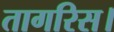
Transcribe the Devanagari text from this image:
तागरिस।